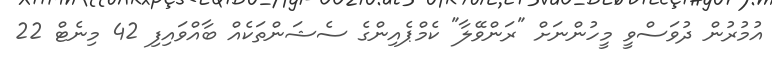
އުމުރުން ދުވަސްވީ މީހުންނަށް "ރަންވޭލާ" ކެމްޕެއިންގެ ސެޝަންތަކެއް ބާއްވައިފި 42 މިނެޓް 22